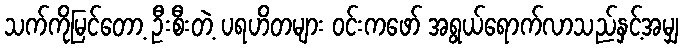
သက်ကိုမြင်တော့ ဦးစီးတဲ့ ပရဟိတများ ဝင်းကဖော် အရွယ်ရောက်လာသည်နှင့်အမျှ